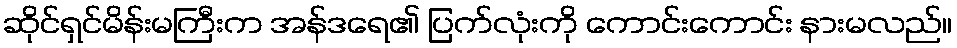
ဆိုင်ရှင်မိန်းမကြီးက အန်ဒရေ၏ ပြက်လုံးကို ကောင်းကောင်း နားမလည်။